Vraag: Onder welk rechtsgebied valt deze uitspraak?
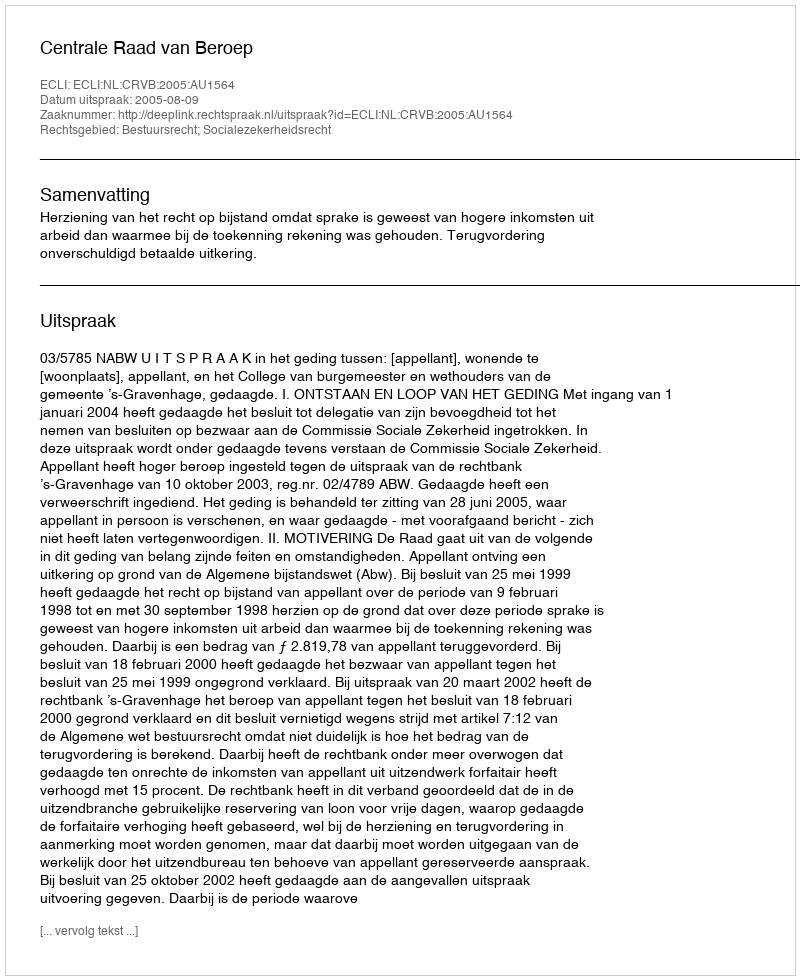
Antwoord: Bestuursrecht; Socialezekerheidsrecht